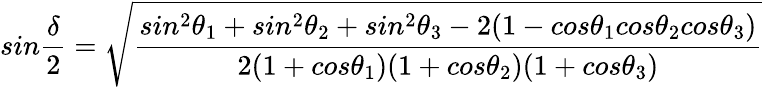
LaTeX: sin\frac{\delta}{2}=\sqrt{\frac{sin^{2}\theta_{1}+sin^{2}\theta_{2}+sin^{2}\theta_{3}-2(1-cos\theta_{1}cos\theta_{2}cos\theta_{3})}{2(1+cos\theta_{1})(1+cos\theta_{2})(1+cos\theta_{3})}}